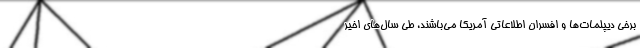
برخی دیپلمات‌ها و افسران اطلاعاتی آمریکا می‌باشند، طی سال‌های اخیر